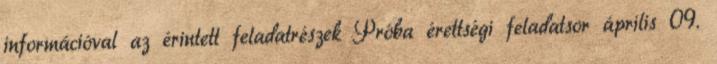
információval az érintett feladatrészek Próba érettségi feladatsor április 09.